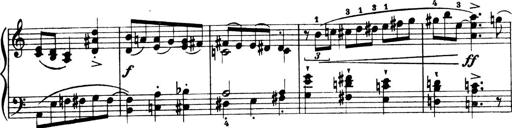
Title: 4 Sonatines
Composer: Max Reger